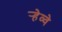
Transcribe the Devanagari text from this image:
र्‍हेव्वे